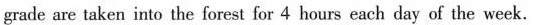
grade are taken into the forest for 4 hours each day of the week.